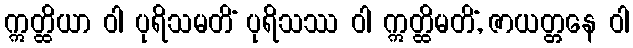
ဣတ္ထိယာ ဝါ ပုရိသမတိံ ပုရိသဿ ဝါ ဣတ္ထိမတိံ, ဇာယတ္တနေ ဝါ